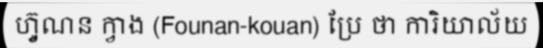
ហ្វ៊ូណន ក្វាង (Founan-kouan) ប្រែ ថា ការិយាល័យ